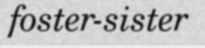
foster-sister